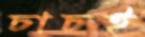
চাচই